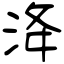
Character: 洚